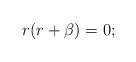
\begin{align*}r(r+\beta)=0;\end{align*}